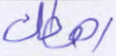
رهطك